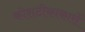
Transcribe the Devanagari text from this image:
कोशटीकाकारों